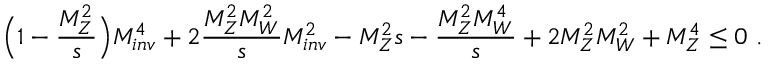
\Big ( 1 - \frac { M _ { Z } ^ { 2 } } { s } \Big ) M _ { i n v } ^ { 4 } + 2 \frac { M _ { Z } ^ { 2 } M _ { W } ^ { 2 } } { s } M _ { i n v } ^ { 2 } - M _ { Z } ^ { 2 } { s } - \frac { M _ { Z } ^ { 2 } M _ { W } ^ { 4 } } { s } + 2 M _ { Z } ^ { 2 } M _ { W } ^ { 2 } + M _ { Z } ^ { 4 } \leq 0 ~ .